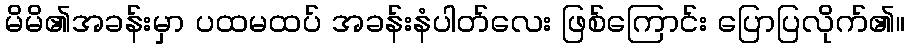
မိမိ၏အခန်းမှာ ပထမထပ် အခန်းနံပါတ်လေး ဖြစ်ကြောင်း ပြောပြလိုက်၏။